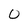
Character: 0